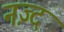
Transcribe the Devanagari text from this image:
नज़्द